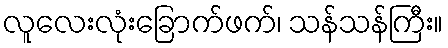
လူလေးလုံးခြောက်ဖက်၊ သန်သန်ကြီး။